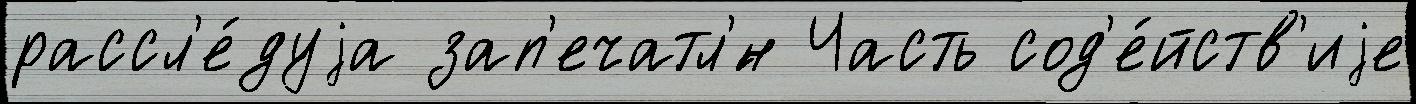
рассл'е́дуjа зап'ечатл'́н Часть сод'е́йств'иjе